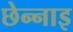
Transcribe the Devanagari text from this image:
छेन्नाइ